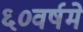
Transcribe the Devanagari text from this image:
६०वर्षमे